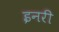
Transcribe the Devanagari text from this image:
इनरी